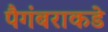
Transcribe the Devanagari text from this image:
पैगंबराकडे